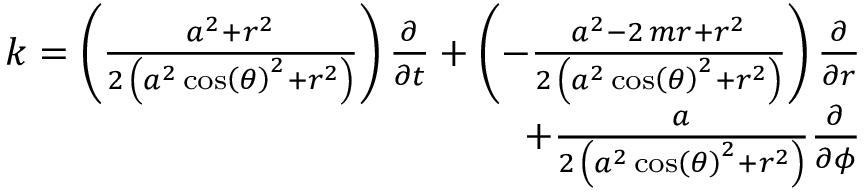
\begin{array} { r } { k = \left( \frac { a ^ { 2 } + r ^ { 2 } } { 2 \, { \left( a ^ { 2 } \cos \left( { \theta } \right) ^ { 2 } + r ^ { 2 } \right) } } \right) \frac { \partial } { \partial t } + \left( - \frac { a ^ { 2 } - 2 \, m r + r ^ { 2 } } { 2 \, { \left( a ^ { 2 } \cos \left( { \theta } \right) ^ { 2 } + r ^ { 2 } \right) } } \right) \frac { \partial } { \partial r } } \\ { + \frac { a } { 2 \, { \left( a ^ { 2 } \cos \left( { \theta } \right) ^ { 2 } + r ^ { 2 } \right) } } \frac { \partial } { \partial { \phi } } } \end{array}